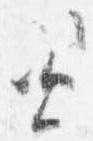
資